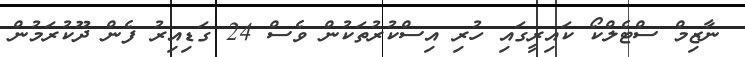
ނާޒިމް ސްޓެލްކޯ ކައިރީގައި ހުރި އިސްކުރުތަކުން ވެސް 24 ގަޑިއިރު ފެން ދޫކުރަމުން